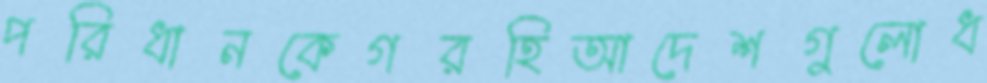
পরিধানকেগরহিআদেশগুলোধ